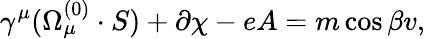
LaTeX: \gamma^{\mu}(\Omega_{\mu}^{(0)}\cdot S)+\partial\chi-eA=m\cos{\beta}v,